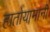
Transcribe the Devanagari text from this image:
हातोयामांनी